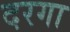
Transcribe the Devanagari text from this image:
दरगा